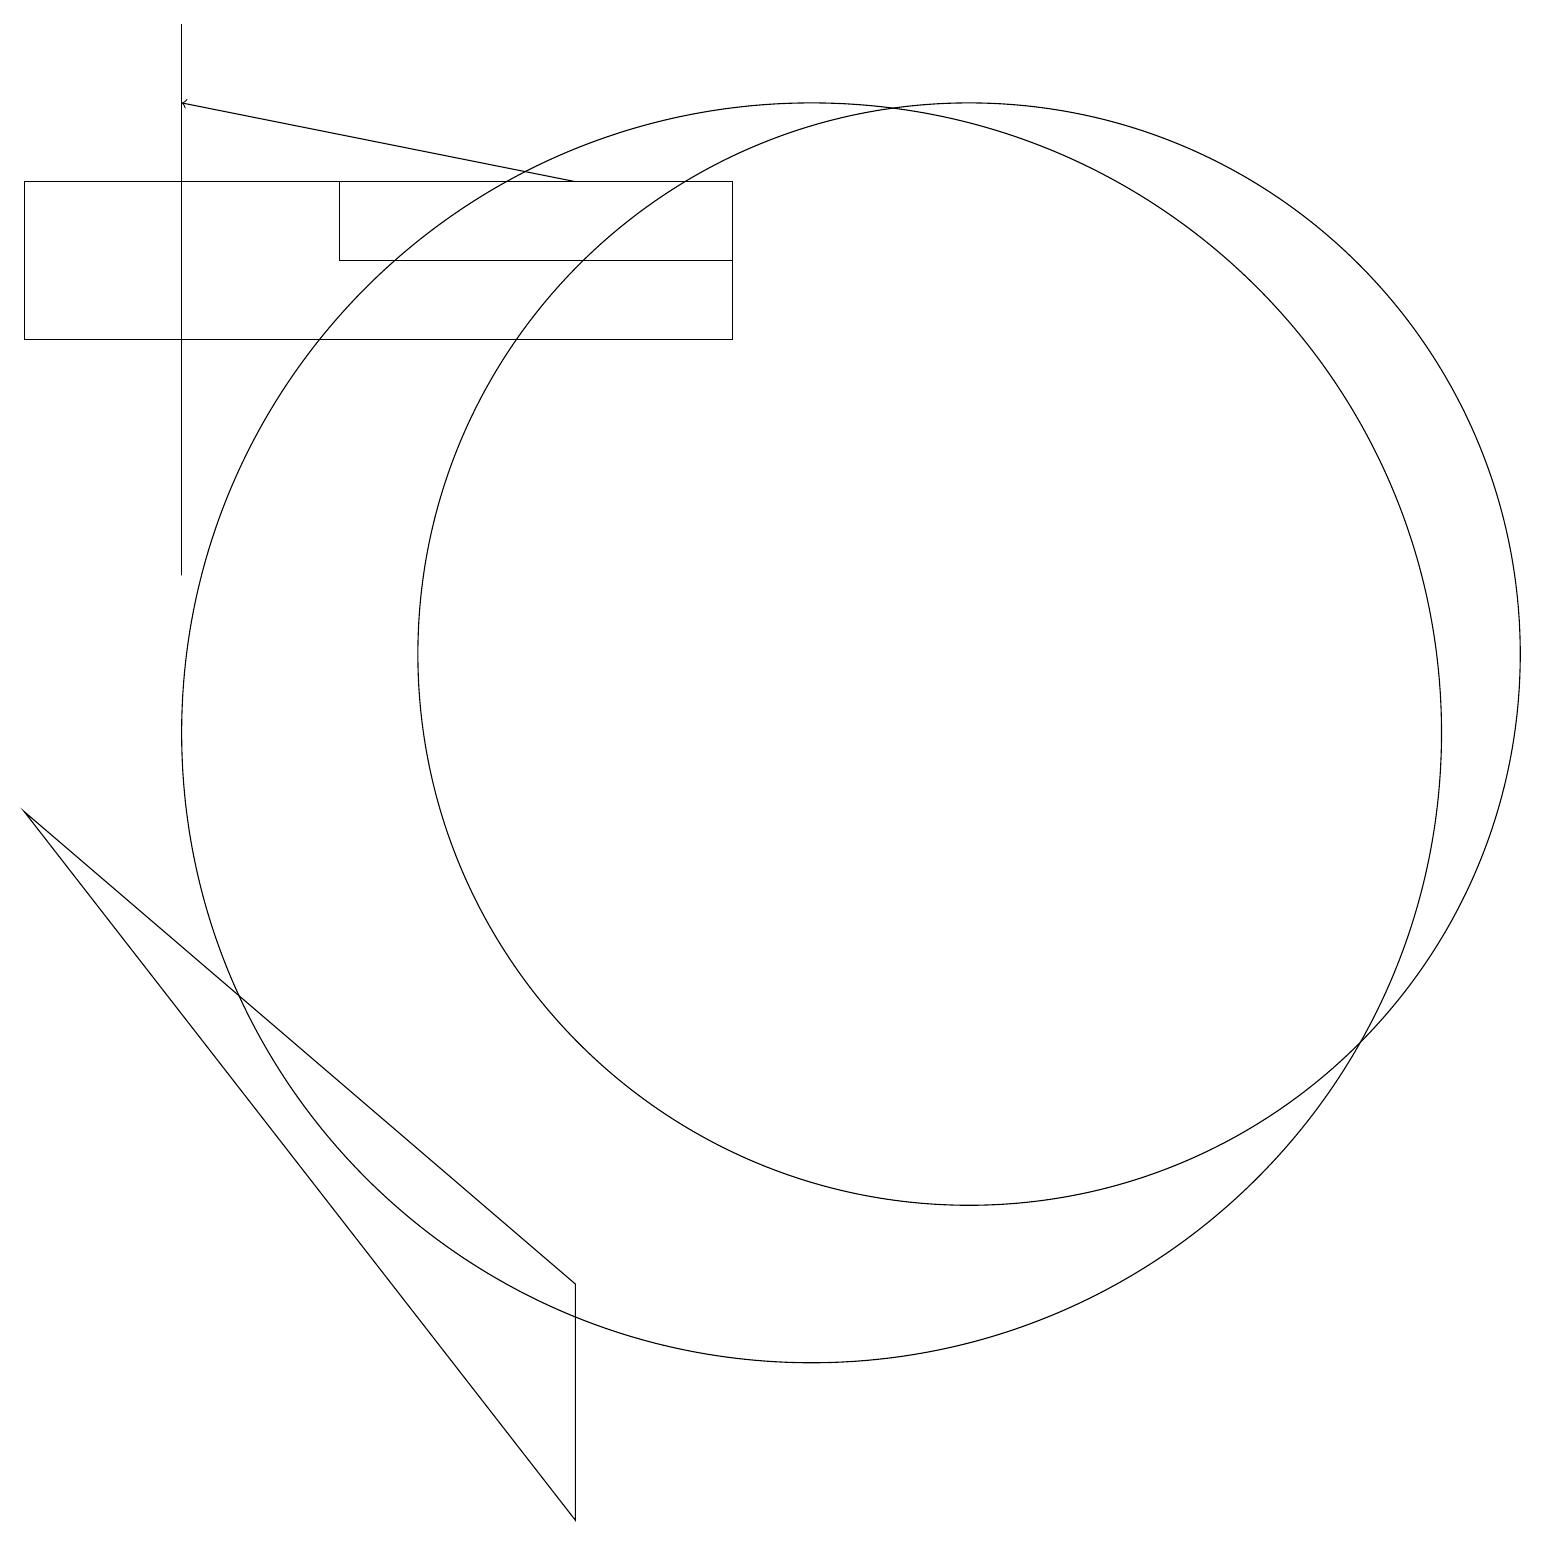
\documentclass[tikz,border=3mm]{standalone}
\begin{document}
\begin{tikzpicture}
\draw (0,9) -- (7,0) -- (7,3) -- cycle;
\draw (9,17) rectangle (0,15);
\draw[->] (7,17) -- (2,18);
\draw (12,11) circle (7);
\draw (2,19) rectangle (2,12);
\draw (10,10) circle (8);
\draw (4,16) rectangle (9,17);
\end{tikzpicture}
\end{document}